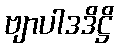
ဗျာပါဒဒိဋ္ဌိ